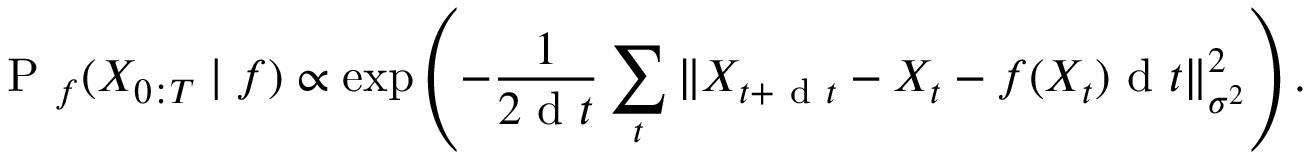
\mathrm { ~ P ~ } _ { f } ( X _ { 0 : T } \mid f ) \propto \exp \left( - \frac { 1 } { 2 \mathrm { ~ d ~ } t } \sum _ { t } \| X _ { t + \mathrm { ~ d ~ } t } - X _ { t } - f ( X _ { t } ) \mathrm { ~ d ~ } t \| _ { \sigma ^ { 2 } } ^ { 2 } \right) .